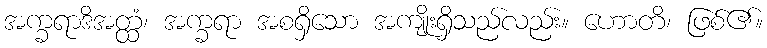
အက္ခရာဒိအတ္ထံ၊ အက္ခရာ အစရှိသော အကျိုးရှိသည်လည်း။ ဟောတိ၊ ဖြစ်၏။